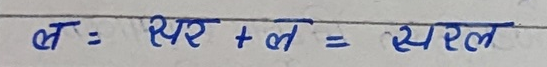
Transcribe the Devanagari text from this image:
ल = थर + ल = स्थल